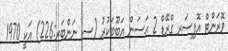
ވޮރަންޓް އޮފިސަރ ގްރޭޑް 2 ޙަސަން އަބޫބަކުރު (ސ. ނަންބަރ:226) އަކީ 1970